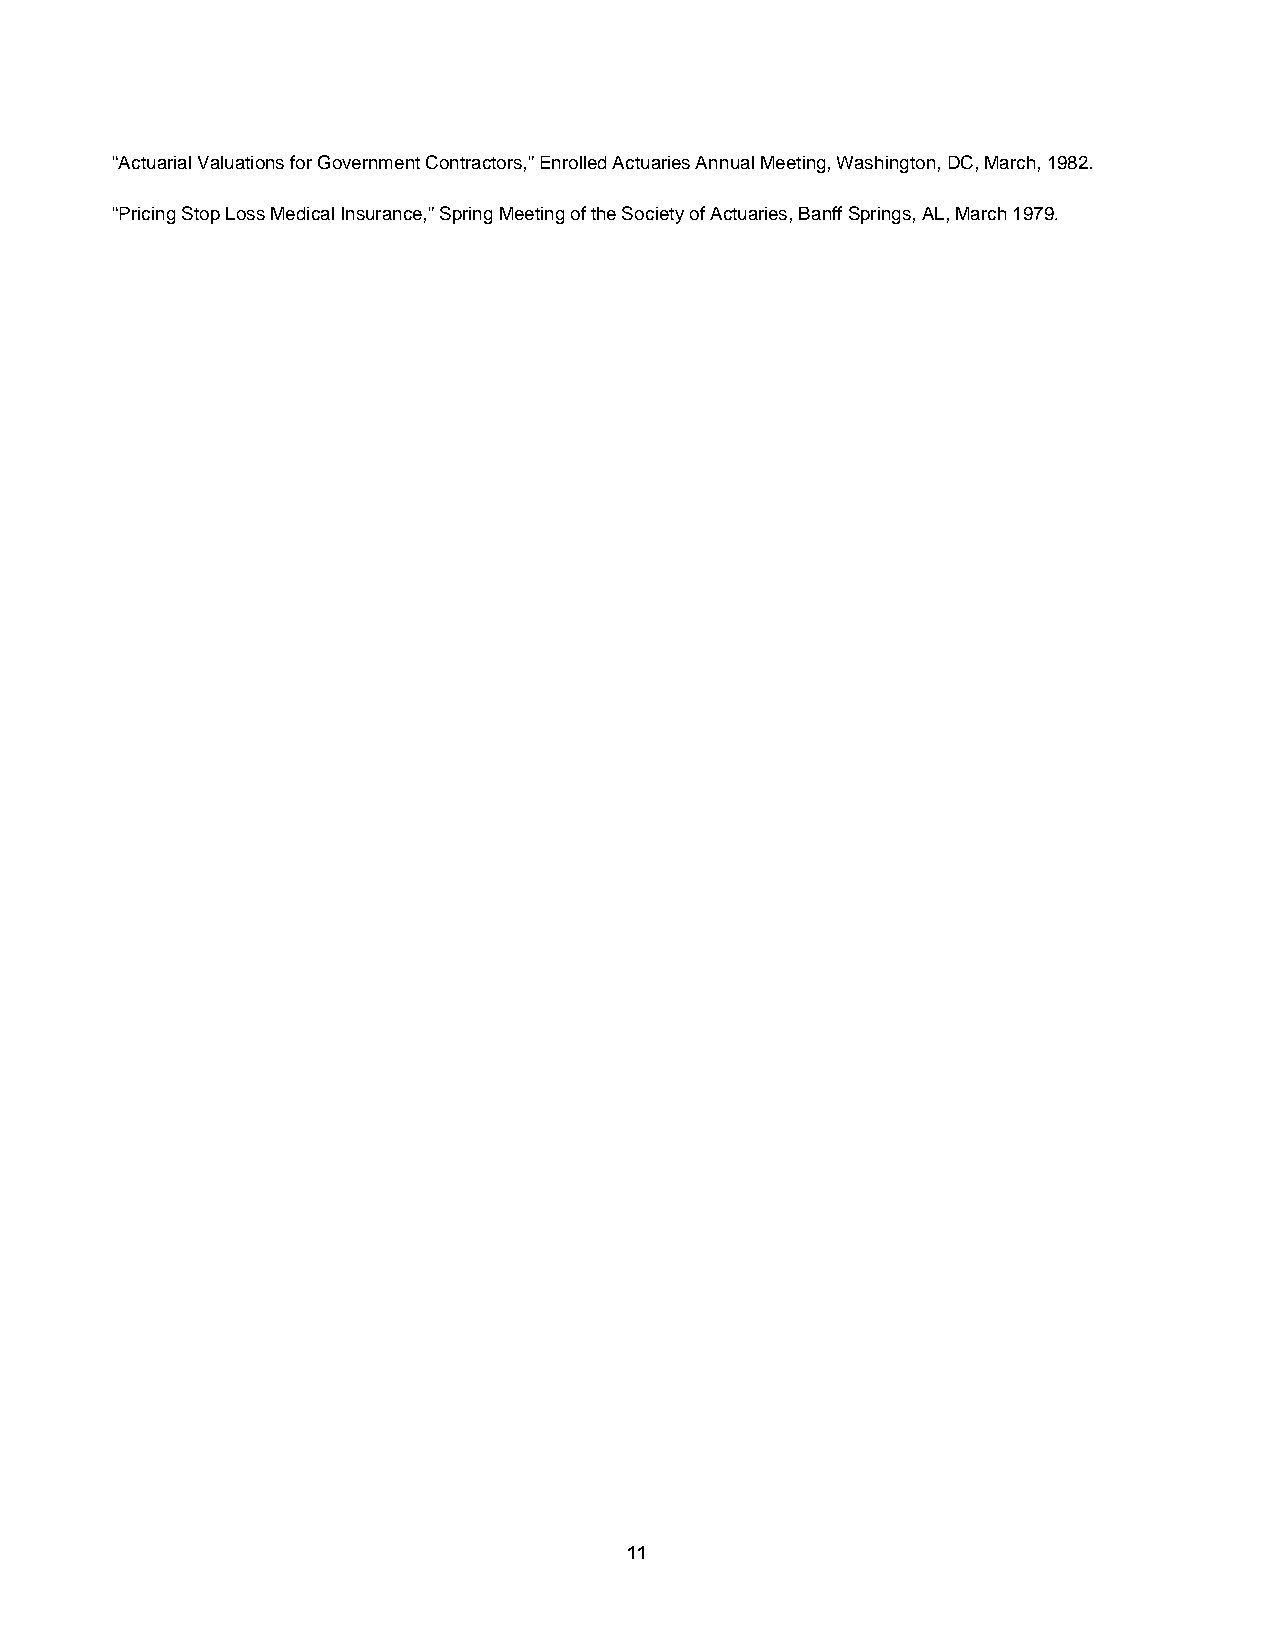
“Actuarial Valuations for Government Contractors,” Enrolled Actuaries Annual Meeting, Washington, DC, March, 1982.
 “Pricing Stop Loss Medical Insurance,” Spring Meeting of the Society of Actuaries, Banff Springs, AL, March 1979.
 11